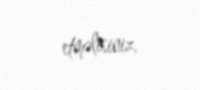
etməlisiniz.